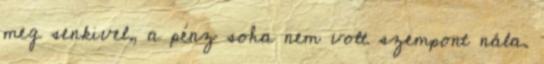
meg senkivel, a pénz soha nem volt szempont nála.